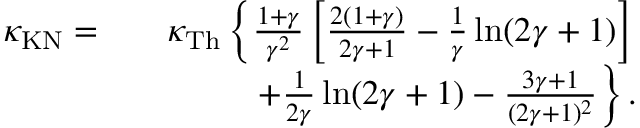
\begin{array} { r l r } { \kappa _ { \mathrm { K N } } = } & { } & { \kappa _ { \mathrm { T h } } \left\{ \frac { 1 + \gamma } { \gamma ^ { 2 } } \left[ \frac { 2 ( 1 + \gamma ) } { 2 \gamma + 1 } - \frac { 1 } { \gamma } \ln ( 2 \gamma + 1 ) \right] \right. } \\ & { } & { \left. + \frac { 1 } { 2 \gamma } \ln ( 2 \gamma + 1 ) - \frac { 3 \gamma + 1 } { ( 2 \gamma + 1 ) ^ { 2 } } \right\} . } \end{array}